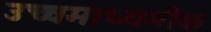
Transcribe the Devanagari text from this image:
उच्चमाध्यमीक